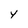
Character: Y